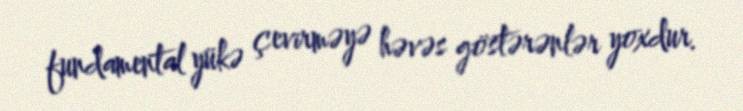
fundamental yükə çevirməyə həvəs göstərənlər yoxdur.